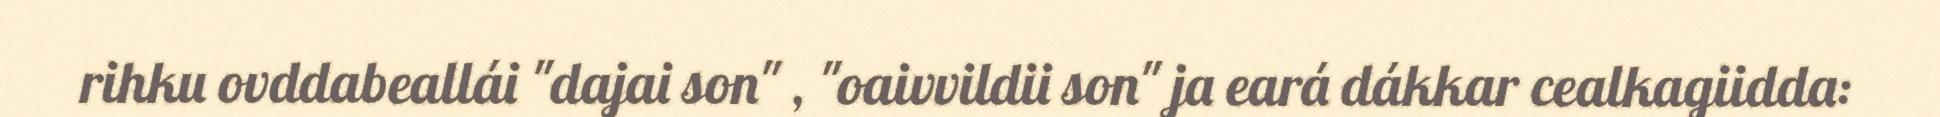
rihku ovddabeallái "dajai son" , "oaivvildii son" ja eará dákkar cealkagiidda: